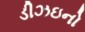
ડીઝઇનો